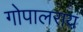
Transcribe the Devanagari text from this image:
गोपालराय